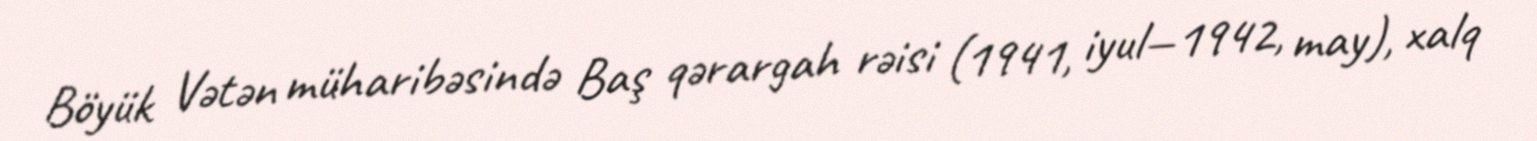
Böyük Vətən müharibəsində Baş qərargah rəisi (1941, iyul—1942, may), xalq